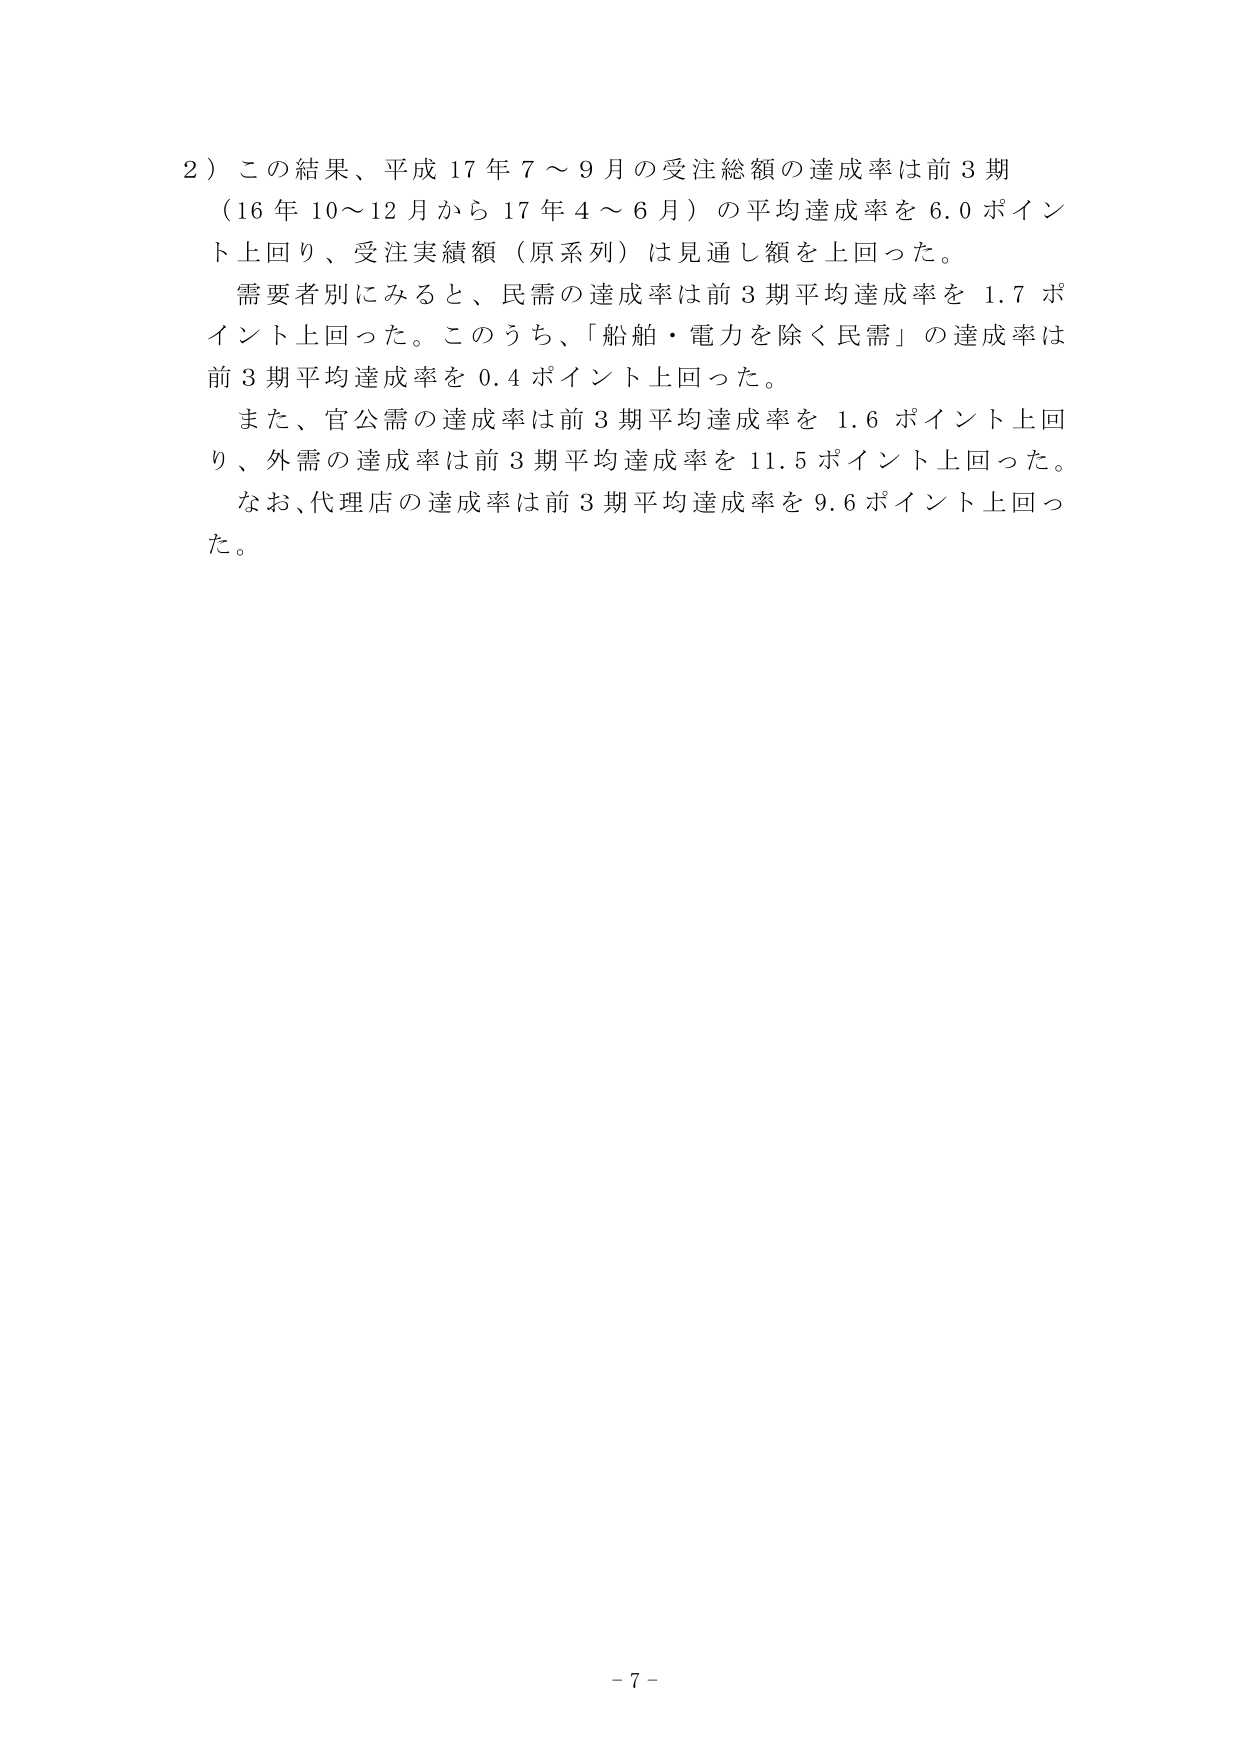
2）この結果、平成17年7～9月の受注総額の達成率は前3期（16年10～12月から17年4～6月）の平均達成率を6.0ポイント上回り、受注実績額（原系列）は見通し額を上回った。

需要者別にみると、民需の達成率は前3期平均達成率を1.7ポイント上回った。このうち、「船舶・電力を除く民需」の達成率は前3期平均達成率を0.4ポイント上回った。

また、官公需の達成率は前3期平均達成率を1.6ポイント上回り、外需の達成率は前3期平均達成率を11.5ポイント上回った。

なお、代理店の達成率は前3期平均達成率を9.6ポイント上回った。

- 7 -